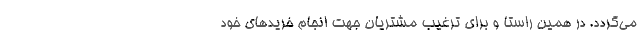
می‌گردد. در همین راستا و برای ترغیب مشتریان جهت انجام خریدهای خود